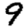
Digit: 9